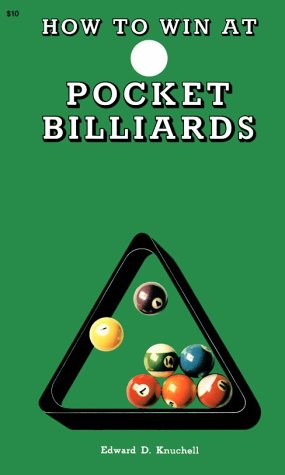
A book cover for How to Win at Pocket Billiards; Edward D. Knuchell; Sports & Outdoors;